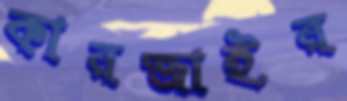
কারজাইর